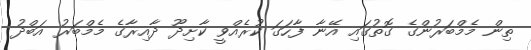
ތިން މެމްބަރުންގެ ގޮތުގައި އޭނާ ފާހަގަ ކުރެއްވީ ކާށިދޫ ދާއިރާގެ މެމްބަރު އަބްދު